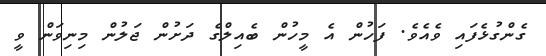
ގެންގުޅެފައި ވެއެވެ. ފަހުން އެ މީހުން ބެއިލްގެ ދަށުން ޖަލުން މިނިވަން ވީ